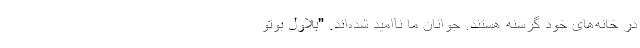
در خانه‌های خود گرسنه هستند. جوانان ما ناامید شده‌اند. "بلاول بوتو